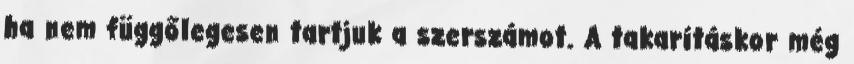
ha nem függőlegesen tartjuk a szerszámot. A takarításkor még